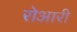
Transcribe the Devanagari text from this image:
रोआरी